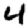
Digit: 4